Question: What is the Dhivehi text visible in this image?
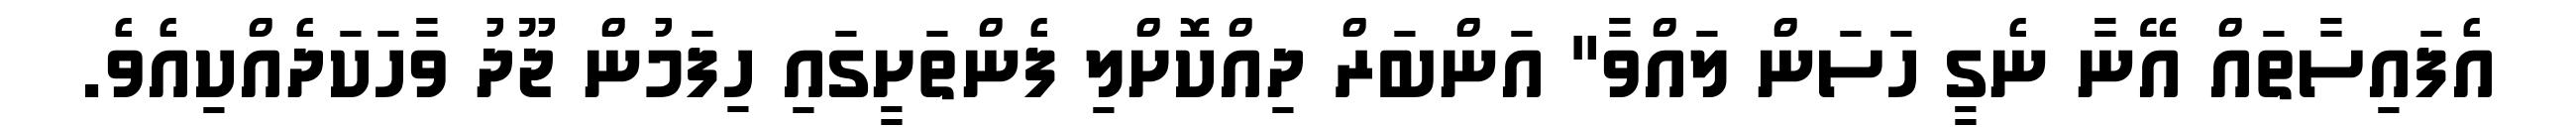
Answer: އެފައިސާތައް އޭނާ ނެގީ ހަސަން ލައްވާ" އަންބަރް ދިއްކޮށްލި ފެންތަށީގައި ހިފަމުން ޖޫދު ވާހަކަދެއްކިއެވެ.